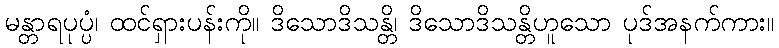
မန္တာရပုပ္ပံ၊ ထင်ရှားပန်းကို။ ဒိသောဒိသန္တိ၊ ဒိသောဒိသန္တိဟူသော ပုဒ်အနက်ကား။